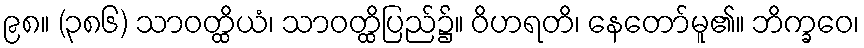
၉၈။ (၃၈၆) သာဝတ္ထိယံ၊ သာဝတ္ထိပြည်၌။ ဝိဟရတိ၊ နေတော်မူ၏။ ဘိက္ခဝေ၊